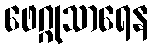
ဖေဂ္ဂုသာရေန